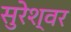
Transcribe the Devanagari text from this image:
सुरेश्‍वर